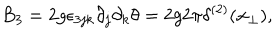
B _ { 3 } = 2 g \epsilon _ { 3 j k } \partial _ { j } \partial _ { k } \theta = 2 g 2 \pi \delta ^ { ( 2 ) } ( { \bf x } _ { \bot } ) ,